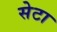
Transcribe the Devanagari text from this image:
सेटा